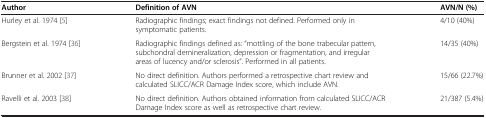
<table><thead><tr><td><b>Author</b></td><td><b>Definition of AVN</b></td><td><b>AVN/N (%)</b></td></tr></thead><tbody><tr><td>Hurley et al. 1974 [5]</td><td>Radiographic findings; exact findings not defined. Performed only in symptomatic patients.</td><td>4/10 (40%)</td></tr><tr><td>Bergstein et al. 1974 [36]</td><td>Radiographic findings defined as: “mottling of the bone trabecular pattern, subchondral demineralization, depression or fragmentation, and irregular areas of lucency and/or sclerosis”. Performed in all patients.</td><td>14/35 (40%)</td></tr><tr><td>Brunner et al. 2002 [37]</td><td>No direct definition. Authors performed a retrospective chart review and calculated SLICC/ACR Damage Index score, which include AVN.</td><td>15/66 (22.7%)</td></tr><tr><td>Ravelli et al. 2003 [38]</td><td>No direct definition. Authors obtained information from calculated SLICC/ACR Damage Index score as well as retrospective chart review.</td><td>21/387 (5.4%)</td></tr></tbody></table>